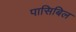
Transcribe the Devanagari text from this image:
पासिबिल